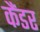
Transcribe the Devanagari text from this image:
कैंडर